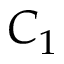
C _ { 1 }